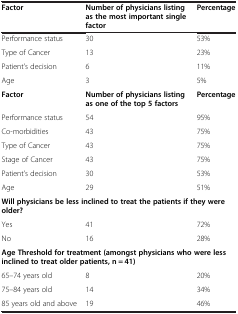
| Factor | Number of physicians listing as the most important single factor | Percentage |
 | --- | --- | --- |
 | Performance status | 30 | 53% |
 | Type of Cancer | 13 | 23% |
 | Patient’s decision | 6 | 11% |
 | Age | 3 | 5% |
 | Factor | Number of physicians listing as one of the top 5 factors | Percentage |
 | Performance status | 54 | 95% |
 | Co-morbidities | 43 | 75% |
 | Type of Cancer | 43 | 75% |
 | Stage of Cancer | 43 | 75% |
 | Patient’s decision | 30 | 53% |
 | Age | 29 | 51% |
 | <COLSPAN=3> Will physicians be less inclined to treat the patients if they were older? |
 | Yes | 41 | 72% |
 | No | 16 | 28% |
 | <COLSPAN=3> Age Threshold for treatment (amongst physicians who were less inclined to treat older patients, n = 41) |
 | 65–74 years old | 8 | 20% |
 | 75–84 years old | 14 | 34% |
 | 85 years old and above | 19 | 46% |